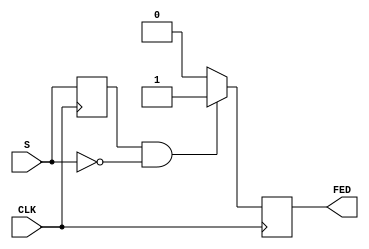
module falling_edge_detector (
    input wire S,        // Signal input
    input wire CLK,      // Clock input
    output reg FED       // Falling edge detected output
);

    reg prev_S;          // Register to hold the previous state of the signal

    // Always block triggered on the rising edge of the clock
    always @(posedge CLK) begin
        // Check for falling edge
        if (prev_S == 1'b1 && S == 1'b0) begin
            FED <= 1'b1;  // Set FED high for one clock cycle
        end else begin
            FED <= 1'b0;  // Reset FED to low
        end
        
        // Update previous state
        prev_S <= S;      // Store current state for next comparison
    end

    // Initial block to set the initial state of prev_S
    initial begin
        prev_S = 1'b0;    // Initialize prev_S to a known state
        FED = 1'b0;       // Initialize FED to low
    end

endmodule